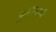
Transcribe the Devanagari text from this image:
बुझोल्डची